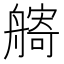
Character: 𦪌